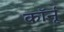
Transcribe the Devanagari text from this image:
कॉर्नू